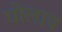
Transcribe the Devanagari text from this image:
घोलाप